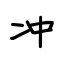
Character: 冲